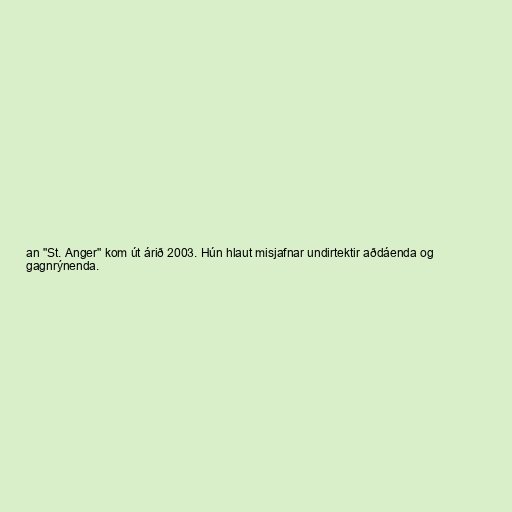
an "St. Anger" kom út árið 2003. Hún hlaut misjafnar undirtektir aðdáenda og
gagnrýnenda.